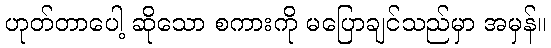
ဟုတ်တာပေါ့ ဆိုသော စကားကို မပြောချင်သည်မှာ အမှန်။